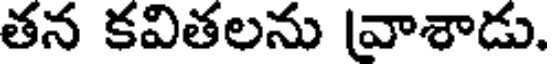
తన కవితలను వాశాడు.